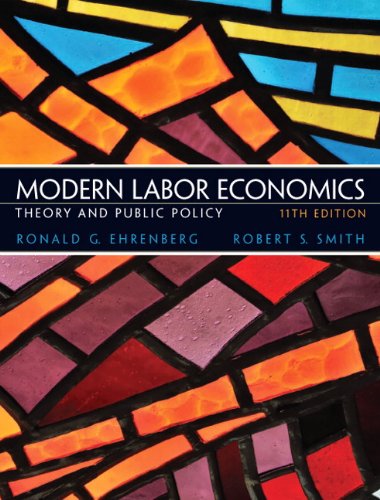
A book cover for Modern Labor Economics: Theory and Public Policy (11th Edition); Ronald G Ehrenberg; Business & Money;